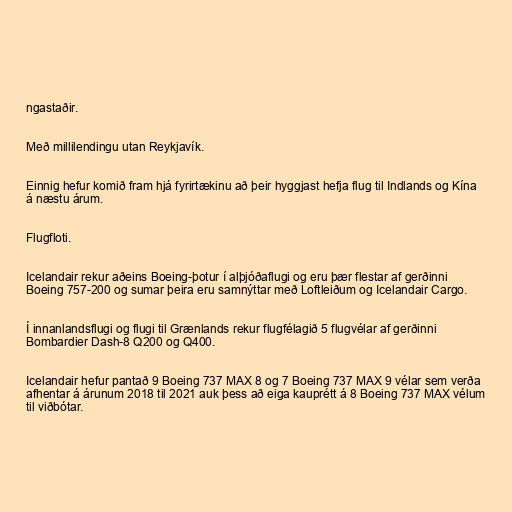
ngastaðir.

Með millilendingu utan Reykjavík.

Einnig hefur komið fram hjá fyrirtækinu að þeir hyggjast hefja flug til Indlands og Kína
á næstu árum.

Flugfloti.

Icelandair rekur aðeins Boeing-þotur í alþjóðaflugi og eru þær flestar af gerðinni
Boeing 757-200 og sumar þeira eru samnýttar með Loftleiðum og Icelandair Cargo.

Í innanlandsflugi og flugi til Grænlands rekur flugfélagið 5 flugvélar af gerðinni
Bombardier Dash-8 Q200 og Q400.

Icelandair hefur pantað 9 Boeing 737 MAX 8 og 7 Boeing 737 MAX 9 vélar sem verða
afhentar á árunum 2018 til 2021 auk þess að eiga kauprétt á 8 Boeing 737 MAX vélum
til viðbótar.